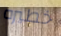
خطيره